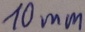
Text: 10mm